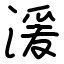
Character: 湲